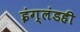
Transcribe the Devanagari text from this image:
इंग्लंडही